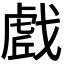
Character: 𭟼